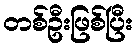
တစ်ဦးဖြစ်ပြီး